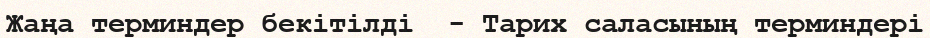
Жаңа терминдер бекітілді  - Тарих саласының терминдері